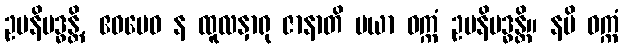
ဥပနိဗဒ္ဓန္တိ, ဧဝမေဝ န ထူလနှာရု ဇာနာတိ မယာ ဝက္ကံ ဥပနိဗဒ္ဓန္တိ။ နပိ ဝက္ကံ